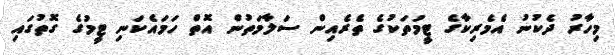
މިހާރު ދެކުނު އެމެރިކާގެ ޓީމުތަކުގެ ތެރެއިން ސަލާމަތުން އޮތް ހަމައެކަނި ޓީމުގެ ގޮތުގައި